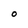
Character: O